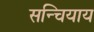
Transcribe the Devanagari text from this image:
सन्चियाय